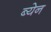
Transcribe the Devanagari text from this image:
ब्येन